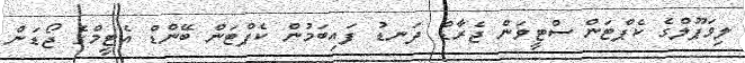
ލިވަޕޫލްގެ ކެޕްޓަން ސްޓީވަން ޖެރާޑް ދަނޑު ފައިބަމުން ކެޕްޓަން ބޭންޑް އެޓީމްގެ ޖޯޑަން